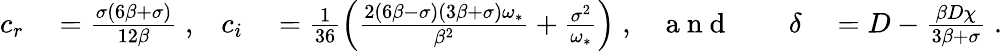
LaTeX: \begin{array}{rlrlrlrl}{c_{r}}&{{}=\frac{\sigma(6\beta+\sigma)}{12\beta}\; ,}&{c_{i}}&{{}=\frac{1}{36}\left(\frac{2(6\beta-\sigma)(3\beta+\sigma)\omega_{*}}{\beta^{2}}+\frac{\sigma^{2}}{\omega_{*}}\right)\; ,}&{\mathrm{~a~n~d~}}&{{}}&{\delta}&{{}=D-\frac{\beta D\chi}{3\beta+\sigma}\; .}\end{array}